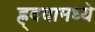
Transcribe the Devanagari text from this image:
ह्र्दयामध्ये